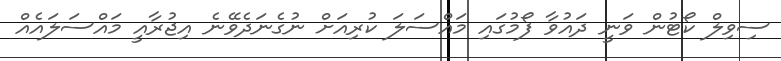
ސިވިލް ކޯޓުން ވަނީ ދައުވާ ފޯމުގައި މައްސަލަ ކުރިއަށް ނުގެނަދެވޭނެ އިޖުރާއީ މައްސަލައެއް